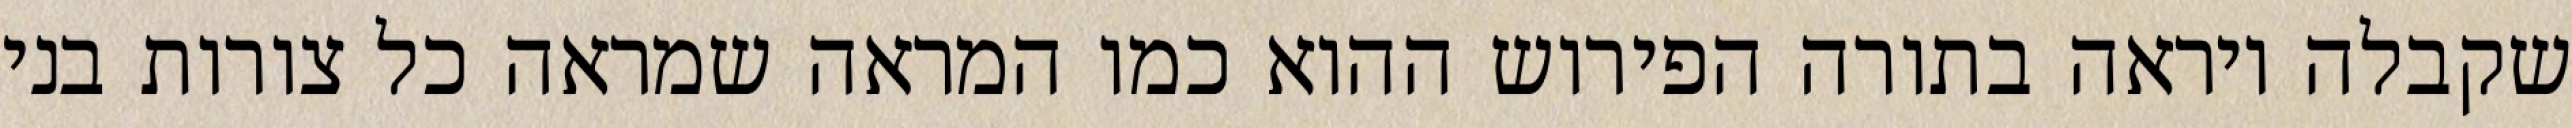
שקבלה ויראה בתורה הפירוש ההוא כמו המראה שמראה כל צורות בני